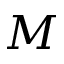
M